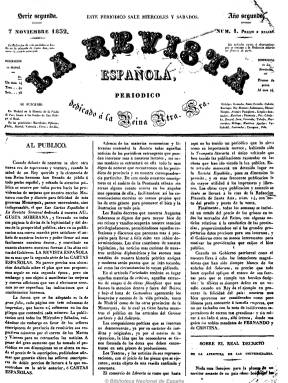
Título: La Revista española (Madrid. 1832)
Otros títulos: Revista-Mensagero || Revista Mensagero
Colección: Periódicos anteriores a 1850
Ámbito geográfico: Madrid
Lugar de publicación: Madrid
Fechas: 07/11/1832-26/08/1836

Al sacar esta publicación, el 7 de noviembre de 1832, su fundador y director, el periodista y dramaturgo José María Carnerero, la considera como la “Serie segunda” de la que ha estado publicando hasta el día uno con el título Las cartas españolas (1831-1832). Ocupará un papel importante en la prensa política del periodo, incorporando también el periodismo noticioso, así como los artículos de costumbres y de viajes y la reseña y la crítica teatral,  literaria y artística. Incluirá artículos de economía, historia y doctrinales y noticias extractadas de periódicos extranjeros y españoles, así como de legislación y nombramientos. Entre sus secciones aparecen Crónica general, Costumbres o Variedades, y publicará también composiciones en verso, epigramas y anuncios de bibliografía, incluso el precio de los granos en los mercados provinciales y estadísticas.

Su carácter político es de un marcado oportunismo, pues ya su subtítulo: “periódico dedicado a la Reina Ntra. Sra.”, refleja su inicial carácter de adulación monárquica, calificada de demagógica, dado el carácter de su hábil fundador, que había ya participado en enfrentados campos políticos: desde ocupar puestos de responsabilidad en el gobierno bonapartista, a comunero o fernandino. La revista… servirá para criticar y tumbar como sustentar a los ministerios que se suceden, ya sean moderados o liberales.

Coincidiendo con del óbito de Fernando VII (1833), la publicación pasa de bisemanal (miércoles y sábados) a trisemanal (martes, viernes y domingos) a partir del 27 de septiembre de 1833. Será diario a partir del uno de abril de 1834, reduciendo al mismo tiempo su paginación más habitual, de 8 o 6 páginas a 4. Y un año después, el uno de marzo, se refundirá con el progresista El mensagero de las Cortes (1834), momento este en que empezará a dirigirla el director de este periódico, Antonio Alcalá Galiano (1789-1865), con el título Revista española-Mensagero de las Cortes, tornando entre liberal exaltada y moderada.

Uno de los aspectos más interesentes en la historia del periodismo y la historia literaria española es la participación de Mariano José de Larra (1809-1837) como crítico teatral  y articulista político-satírico de La revista española con el seudónimo Fígaro, a partir del 15 de febrero de 1833. Esta moda del seudónimo también será utilizada  Ramón de Mesonero Romanos (1803-1882), con El curioso parlante, para firmar sus artículos de costumbres madrileños, y Serafín Estébanez Calderón (1799-1867) con el seudónimo El Solitario.

También colaboran en verso el dramaturgo Manuel Bretón de los Herreros (1796-1873), José Espronceda (1810-1842) o Adolfo Ribelles, así como el economista y literato Manuel María Gutiérrez, el militar Evaristo San Miguel (1785-1862), el dramaturgo Juan de Grimaldi (-1872), Jesús María López, Ramón González Elipe, Ramón Calvet, Aniceto de Álvaro; el hermano del fundador, Mariano Carnerero (1787-1843), y Dionisio Alcalá Galiano, hijo de Antonio.

Revista-Mensajero se fundirá, el 27 de agosto de 1836 con El nacional, que había aparecido el diez de enero de ese año, creando el título Revista nacional (1836-1837).